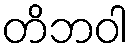
တိဘဝါ